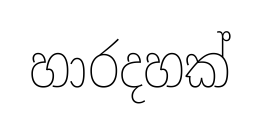
හාරදහක්